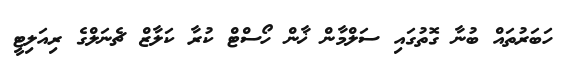
ހަބަރުތައް ބުނާ ގޮތުގައި ސަލްމާން ޚާން ހޯސްޓް ކުރާ ކަލާޒް ޗެނަލްގެ ރިއަލިޓީ